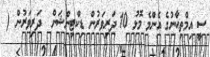
ސީ އިމްތިޙާނުގެ އެންމެ މޮޅު 10 ދަރިވަރުން ޑިކްޓިންޝަން  ދަރިވަރުން (